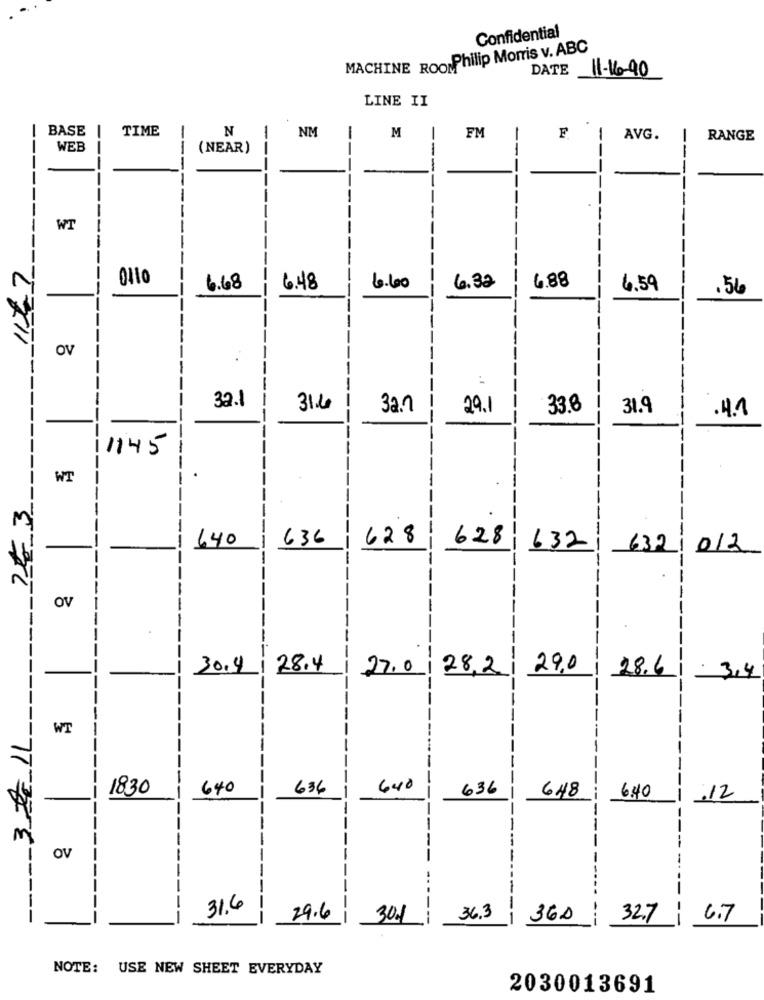
Confidential
MACHINE ROO Philip Morris v. ABC
DATE
11-16-90
LINE II
I BASE
TIME
N
NM
M
FM
F
1
AVG.
RANGE
WEB
(NEAR)
--
--
--
-
--
-
------
------
----
WT
1177
0110
--
6.88
--
6.68
6.48
6.40
4.32
4.59
.56
OV
32.1
316
32.0
29.1
33.8
31.9
.4.1
1145
-
WT
74 3
640
636
628
628
632
632/012
OV
--
-
------------
30.4
28.4
27.0 28,2
29.0
28.6
3,4
WT
77
3 20
1830
640
636
640
636
648
---
6.40
:12
--
OV
--
..
31.6
--
--
-
----
---
29.6
301
--
36.3
360
32.7
6.7
NOTE: USE NEW SHEET EVERYDAY
2030013691